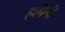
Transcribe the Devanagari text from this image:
हत्तींनी